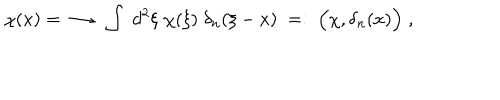
LaTeX: \chi ( x ) = \; \longrightarrow \; \int \; d ^ { 2 } \xi \; \chi ( \xi ) \; \delta _ { n } ( \xi - x ) \; = : \; \Big ( \chi , \delta _ { n } ( x ) \Big ) \; ,